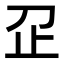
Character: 𬅷